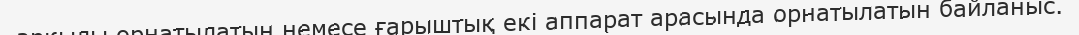
арқылы орнатылатын немесе ғарыштық екі аппарат арасында орнатылатын байланыс.